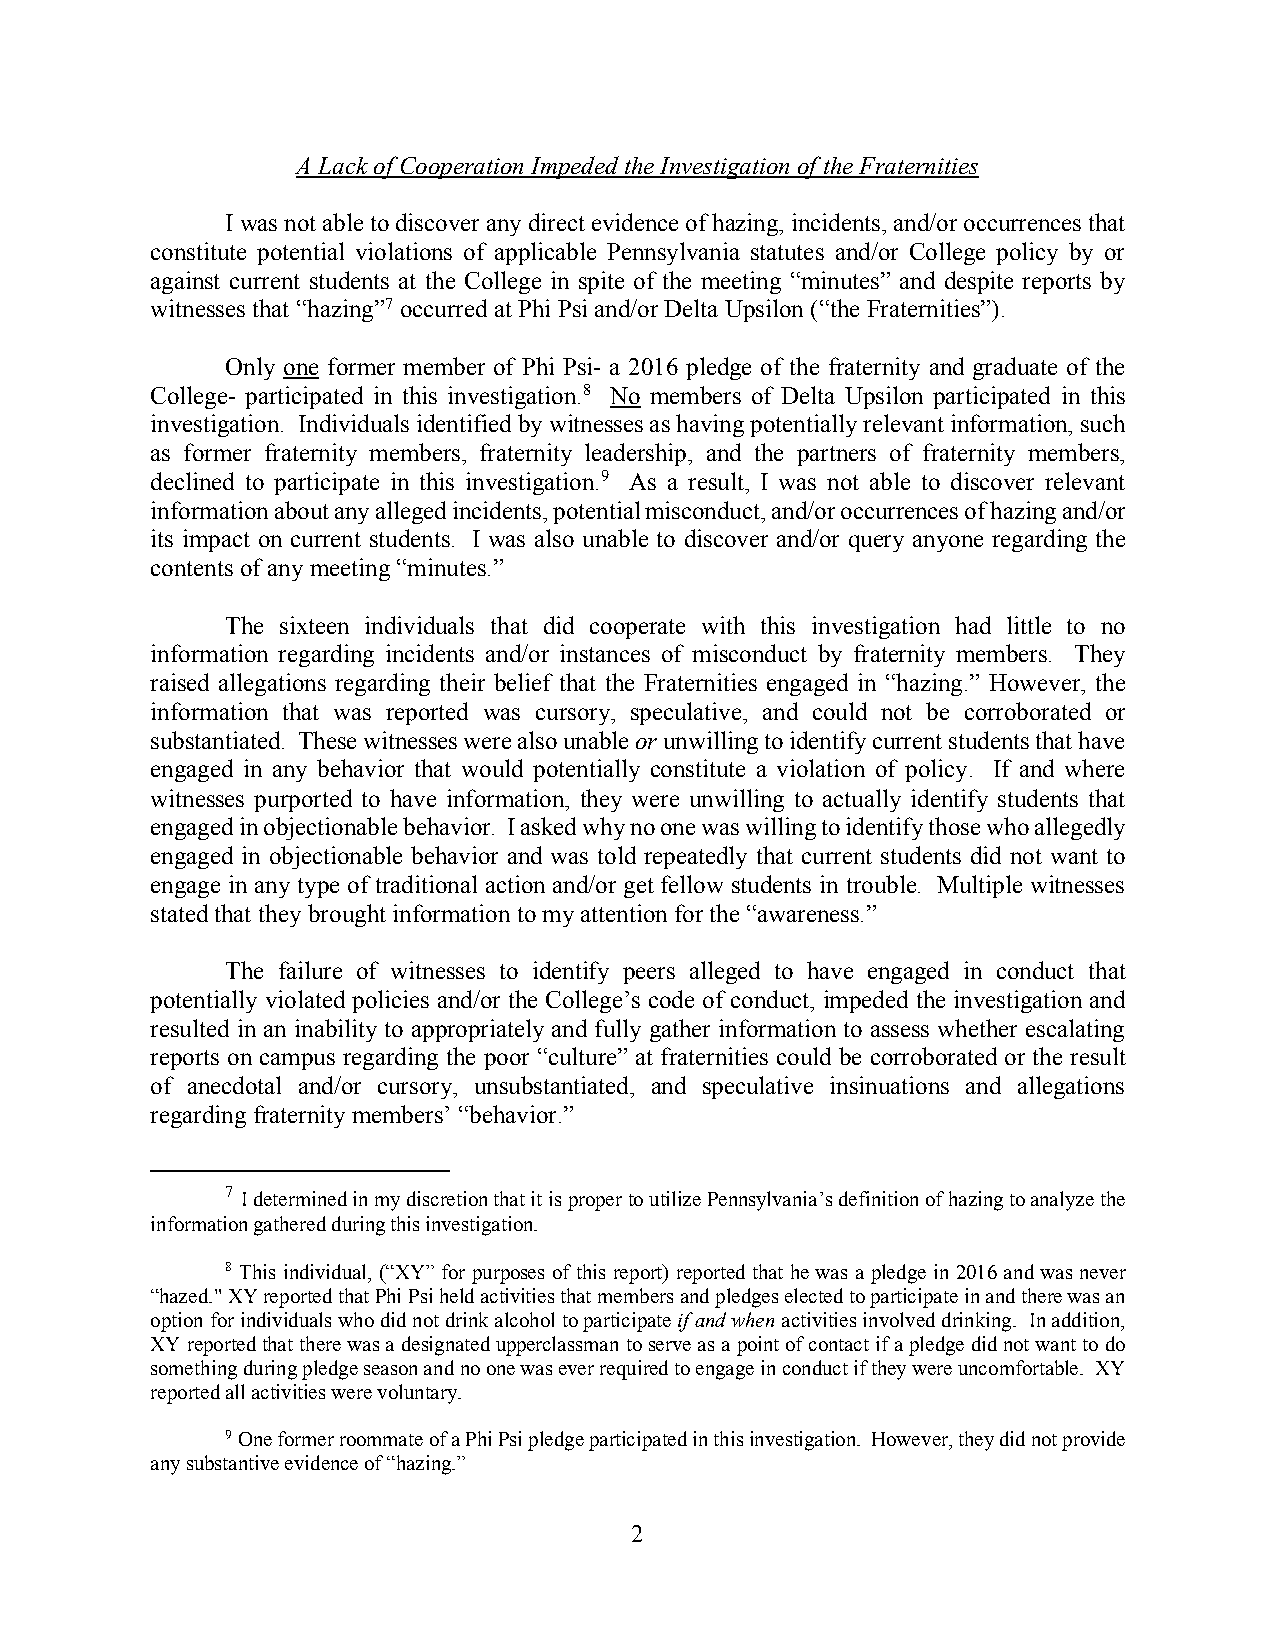
A Lack of Cooperation Impeded the Investigation of the Fraternities
 I was not able to discover any direct evidence of hazing, incidents, and/or occurrences that
 constitute potential violations of applicable Pennsylvania statutes and/or College policy by or
 against current students at the College in spite of the meeting “minutes” and despite reports by
 witnesses that “hazing”7 occurred at Phi Psi and/or Delta Upsilon (“the Fraternities”).
 Only one former member of Phi Psi- a 2016 pledge of the fraternity and graduate of the
 College- participated in this investigation.8 No members of Delta Upsilon participated in this
 investigation. Individuals identified by witnesses as having potentially relevant information, such
 as former fraternity members, fraternity leadership, and the partners of fraternity members,
 declined to participate in this investigation.9 As a result, I was not able to discover relevant
 information about any alleged incidents, potential misconduct, and/or occurrences of hazing and/or
 its impact on current students. I was also unable to discover and/or query anyone regarding the
 contents of any meeting “minutes.”
 The sixteen individuals that did cooperate with this investigation had little to no
 information regarding incidents and/or instances of misconduct by fraternity members. They
 raised allegations regarding their belief that the Fraternities engaged in “hazing.” However, the
 information that was reported was cursory, speculative, and could not be corroborated or
 substantiated. These witnesses were also unable or unwilling to identify current students that have
 engaged in any behavior that would potentially constitute a violation of policy. If and where
 witnesses purported to have information, they were unwilling to actually identify students that
 engaged in objectionable behavior. I asked why no one was willing to identify those who allegedly
 engaged in objectionable behavior and was told repeatedly that current students did not want to
 engage in any type of traditional action and/or get fellow students in trouble. Multiple witnesses
 stated that they brought information to my attention for the “awareness.”
 The failure of witnesses to identify peers alleged to have engaged in conduct that
 potentially violated policies and/or the College’s code of conduct, impeded the investigation and
 resulted in an inability to appropriately and fully gather information to assess whether escalating
 reports on campus regarding the poor “culture” at fraternities could be corroborated or the result
 of anecdotal and/or cursory, unsubstantiated, and speculative insinuations and allegations
 regarding fraternity members’ “behavior.”
 7 I determined in my discretion that it is proper to utilize Pennsylvania’s definition of hazing to analyze the
 information gathered during this investigation.
 8 This individual, (“XY” for purposes of this report) reported that he was a pledge in 2016 and was never
 “hazed." XY reported that Phi Psi held activities that members and pledges elected to participate in and there was an
 option for individuals who did not drink alcohol to participate if and when activities involved drinking. In addition,
 XY reported that there was a designated upperclassman to serve as a point of contact if a pledge did not want to do
 something during pledge season and no one was ever required to engage in conduct if they were uncomfortable. XY
 reported all activities were voluntary.
 9 One former roommate of a Phi Psi pledge participated in this investigation. However, they did not provide
 any substantive evidence of “hazing.”
 2